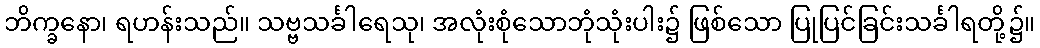
ဘိက္ခနော၊ ရဟန်းသည်။ သဗ္ဗသင်္ခါရေသု၊ အလုံးစုံသောဘုံသုံးပါး၌ ဖြစ်သော ပြုပြင်ခြင်းသင်္ခါရတို့၌။